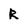
Character: R